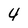
Character: 4